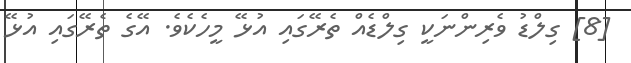
[8] ގިލްޑު ވެރިންނަކީ ގިލްޑެއް ތެރޭގައި އުޅޭ މީހެކެވެ. އޭގެ ތެރޭގައި އުޅޭ